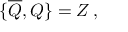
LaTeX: \{ \overline { { { \cal { Q } } } } , { \cal { Q } } \} = { \cal { Z } } \, ,